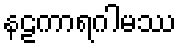
နဠကာရဂါမဿ